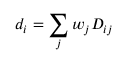
d _ { i } = \sum _ { j } w _ { j } D _ { i j }